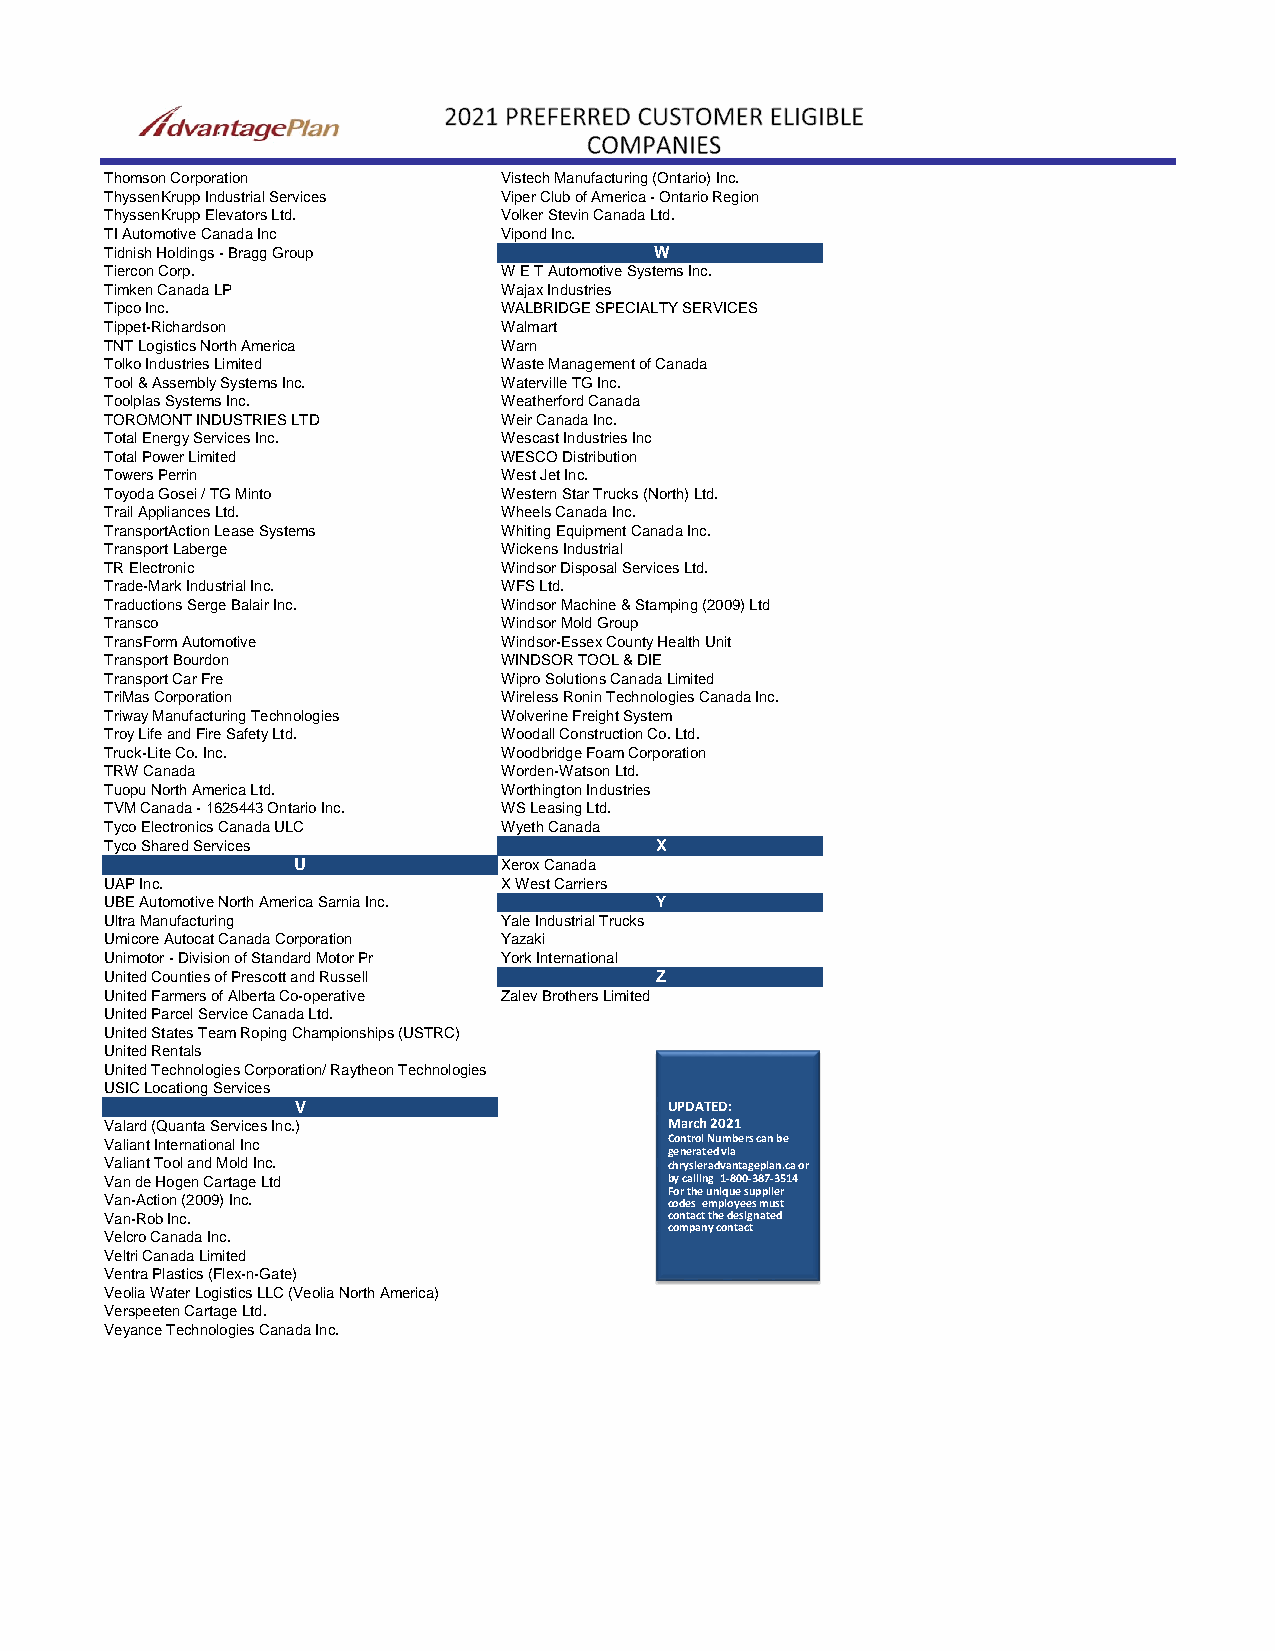
Thomson Corporation       Vistech Manufacturing (Ontario) Inc.
 ThyssenKrupp Industrial Services Viper Club of America - Ontario Region
 ThyssenKrupp Elevators Ltd. Volker Stevin Canada Ltd.
 TI Automotive Canada Inc  Vipond Inc.
 Tidnish Holdings - Bragg Group      W
 Tiercon Corp.             W E T Automotive Systems Inc.
 Timken Canada LP          Wajax Industries
 Tipco Inc.                WALBRIDGE SPECIALTY SERVICES
 Tippet-Richardson         Walmart
 TNT Logistics North America Warn
 Tolko Industries Limited  Waste Management of Canada
 Tool & Assembly Systems Inc. Waterville TG Inc.
 Toolplas Systems Inc.     Weatherford Canada
 TOROMONT INDUSTRIES LTD   Weir Canada Inc.
 Total Energy Services Inc. Wescast Industries Inc
 Total Power Limited       WESCO Distribution
 Towers Perrin             West Jet Inc.
 Toyoda Gosei / TG Minto   Western Star Trucks (North) Ltd.
 Trail Appliances Ltd.     Wheels Canada Inc.
 TransportAction Lease Systems Whiting Equipment Canada Inc.
 Transport Laberge         Wickens Industrial
 TR Electronic             Windsor Disposal Services Ltd.
 Trade-Mark Industrial Inc. WFS Ltd.
 Traductions Serge Balair Inc. Windsor Machine & Stamping (2009) Ltd
 Transco                   Windsor Mold Group
 TransForm Automotive      Windsor-Essex County Health Unit
 Transport Bourdon         WINDSOR TOOL & DIE
 Transport Car Fre         Wipro Solutions Canada Limited
 TriMas Corporation        Wireless Ronin Technologies Canada Inc.
 Triway Manufacturing Technologies Wolverine Freight System
 Troy Life and Fire Safety Ltd. Woodall Construction Co. Ltd.
 Truck-Lite Co. Inc.       Woodbridge Foam Corporation
 TRW Canada                Worden-Watson Ltd.
 Tuopu North America Ltd.  Worthington Industries
 TVM Canada - 1625443 Ontario Inc. WS Leasing Ltd.
 Tyco Electronics Canada ULC Wyeth Canada
 Tyco Shared Services                X
 U             Xerox Canada
 UAP Inc.                  X West Carriers
 UBE Automotive North America Sarnia Inc. Y
 Ultra Manufacturing       Yale Industrial Trucks
 Umicore Autocat Canada Corporation Yazaki
 Unimotor - Division of Standard Motor Pr York International
 United Counties of Prescott and Russell Z
 United Farmers of Alberta Co-operative Zalev Brothers Limited
 United Parcel Service Canada Ltd.
 United States Team Roping Championships (USTRC)
 United Rentals
 United Technologies Corporation/ Raytheon Technologies
 USIC Locationg Services
 V                       UPDATED:
 Valard (Quanta Services Inc.)        March 2021
 Valiant International Inc            Control Numbers can be
 generated via
 Valiant Tool and Mold Inc.           chrysleradvantageplan.ca or
 Van de Hogen Cartage Ltd             by calling 1-800-387-3514
 For the unique supplier
 Van-Action (2009) Inc.               codes employees must
 Van-Rob Inc.                         contact the designated
 company contact
 Velcro Canada Inc.
 Veltri Canada Limited
 Ventra Plastics (Flex-n-Gate)
 Veolia Water Logistics LLC (Veolia North America)
 Verspeeten Cartage Ltd.
 Veyance Technologies Canada Inc.